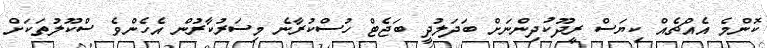
ކޮންމެ އެއްޗެއް ކިޔަސް ރީދޫކުދިންނަށް ބަދަލުދީ ބަޖެޓް ހުސްކުރާނެ މިސަރުކާރުން އެހެންވެ ސްކޫލުތަކަށް